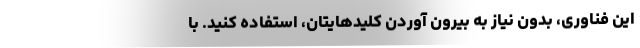
این فناوری، بدون نیاز به بیرون آوردن کلیدهایتان، استفاده کنید. با